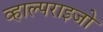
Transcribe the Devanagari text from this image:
व्हाल्पराइजो